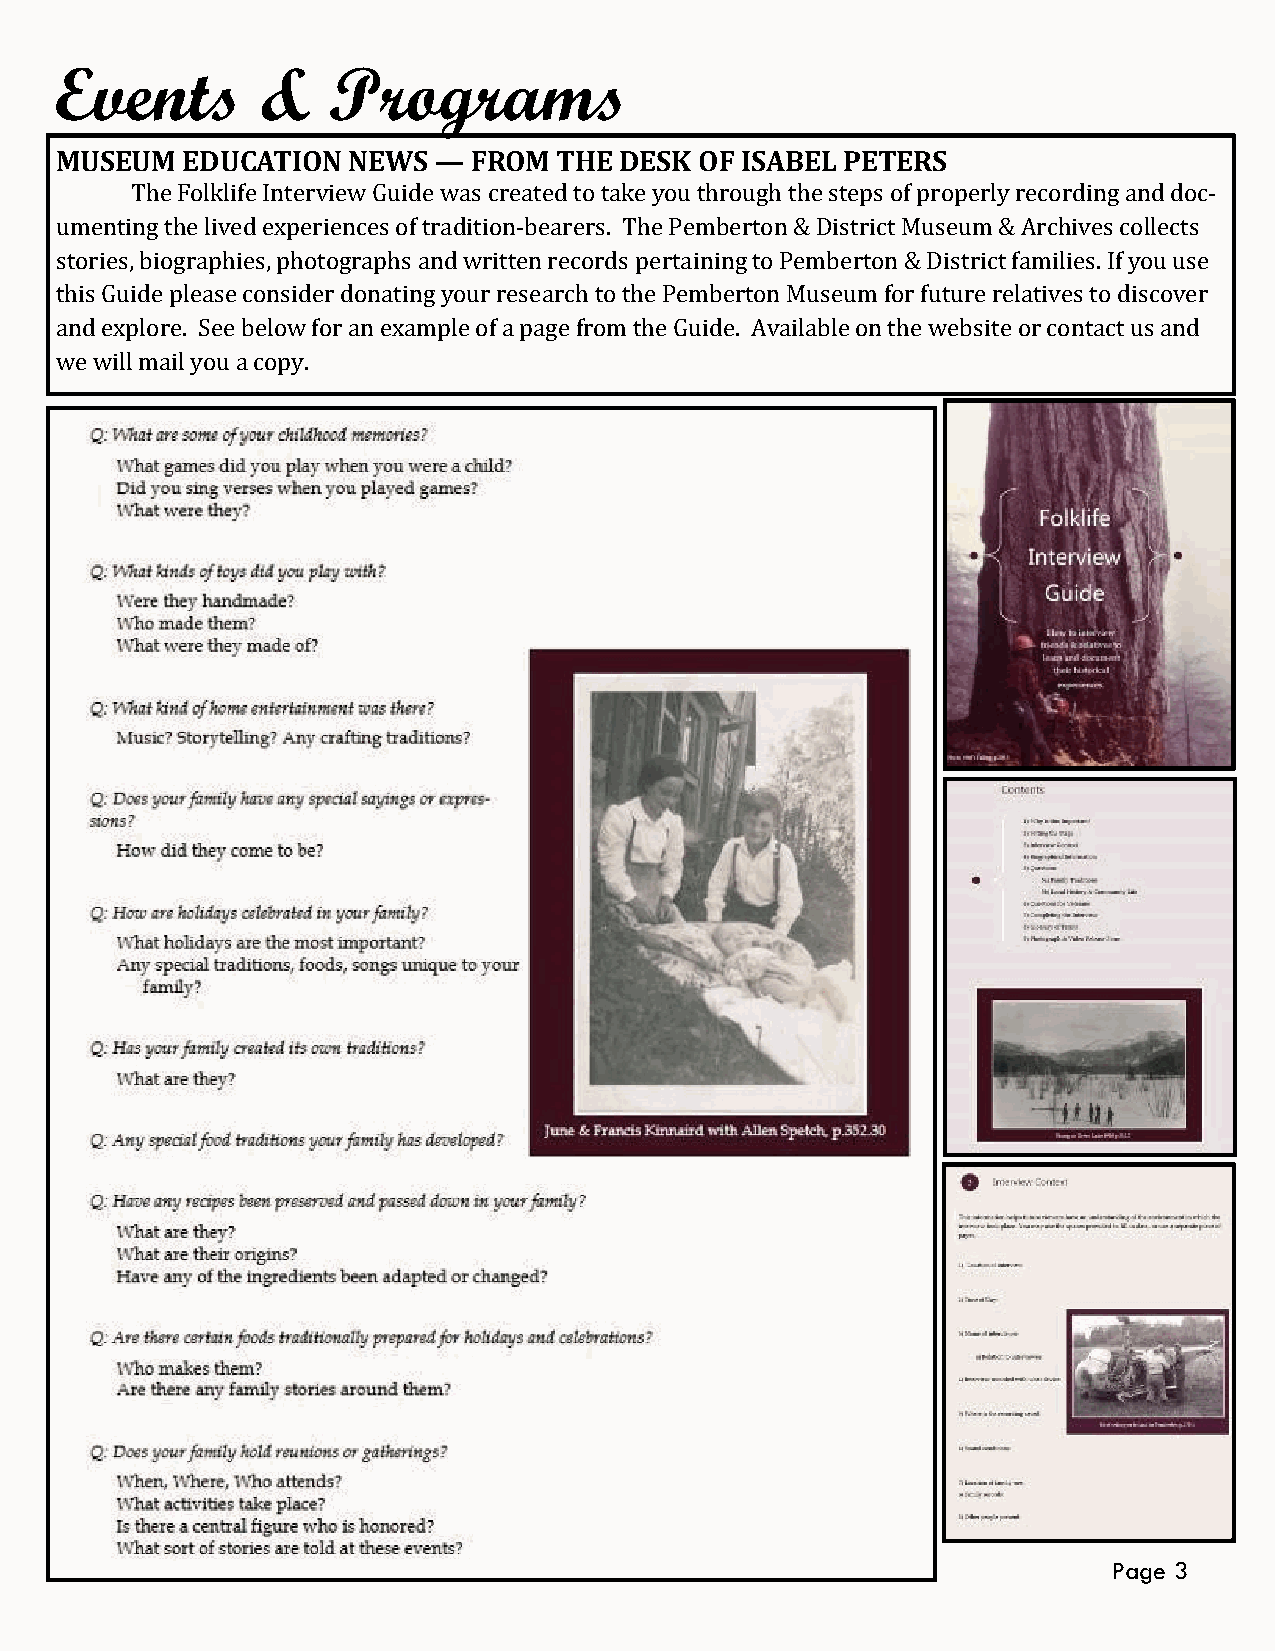
Events       &    Programs
 MUSEUM  EDUCATION  NEWS  — FROM  THE DESK OF ISABEL PETERS
 The Folklife Interview Guide was created to take you through the steps of properly recording and doc-
 umenting the lived experiences of tradition-bearers. The Pemberton & District Museum & Archives collects
 stories, biographies, photographs and written records pertaining to Pemberton & District families. If you use
 this Guide please consider donating your research to the Pemberton Museum for future relatives to discover
 and explore. See below for an example of a page from the Guide. Available on the website or contact us and
 we will mail you a copy.
 Page 3